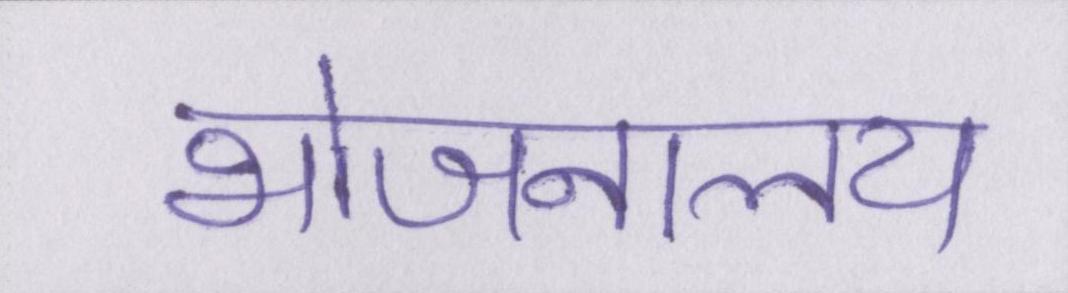
भोजनालय